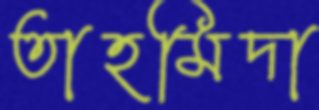
তাহমিদা